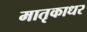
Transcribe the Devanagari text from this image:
मातृकाधर